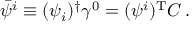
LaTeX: \bar { \psi } ^ { i } \equiv ( \psi _ { i } ) ^ { \dagger } \gamma ^ { 0 } = ( \psi ^ { i } ) ^ { \mathrm { T } } C \, .